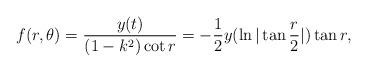
LaTeX: \begin{align*}f(r, \theta)=\frac{y(t)}{(1-k^2)\cot r}=-\frac{1}{2}y(\ln|\tan \frac{r}{2}|)\tan r,\end{align*}